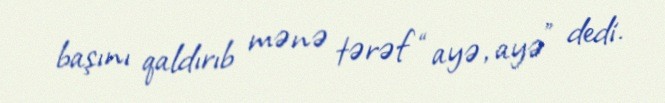
başını qaldırıb mənə tərəf “ayə, ayə” dedi.